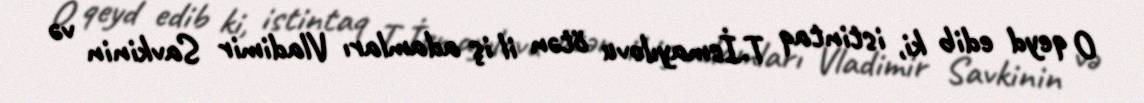
O qeyd edib ki, istintaq T.İsmayılovu ötən il iş adamları Vladimir Savkinin və